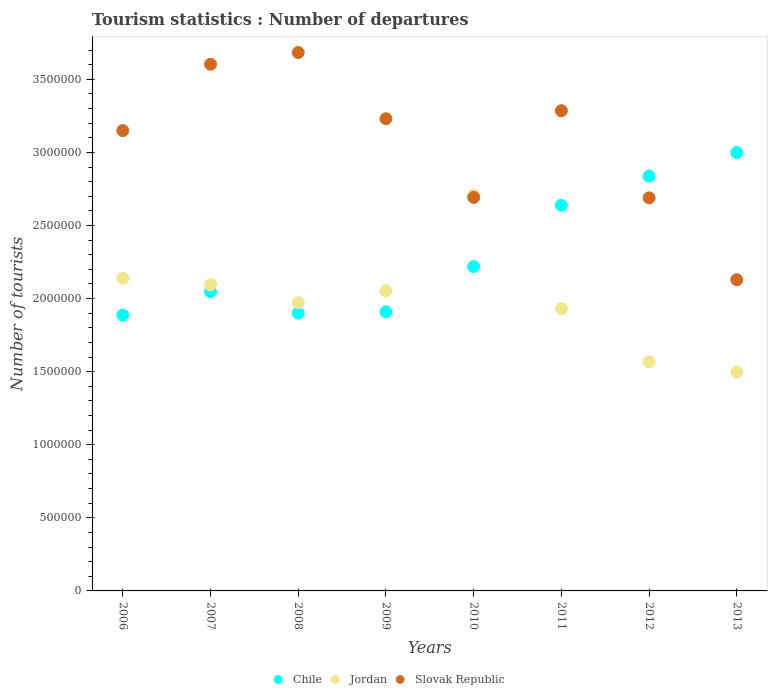
| Years | Chile | Jordan | Slovak Republic |
 | --- | --- | --- | --- |
 | 2006 | 1.89e+06 | 2.14e+06 | 3.15e+06 |
 | 2007 | 2.05e+06 | 2.09e+06 | 3.6e+06 |
 | 2008 | 1.9e+06 | 1.97e+06 | 3.68e+06 |
 | 2009 | 1.91e+06 | 2.05e+06 | 3.23e+06 |
 | 2010 | 2.22e+06 | 2.71e+06 | 2.69e+06 |
 | 2011 | 2.64e+06 | 1.93e+06 | 3.28e+06 |
 | 2012 | 2.84e+06 | 1.57e+06 | 2.69e+06 |
 | 2013 | 3e+06 | 1.5e+06 | 2.13e+06 |